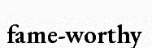
fame-worthy